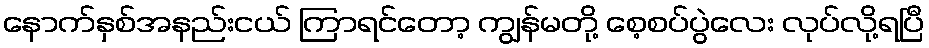
နောက်နှစ်အနည်းငယ် ကြာရင်တော့ ကျွန်မတို့ စေ့စပ်ပွဲလေး လုပ်လို့ရပြီ